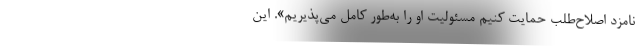
نامزد اصلاح‌طلب حمایت کنیم مسئولیت او را به‌طور کامل می‌پذیریم». این